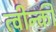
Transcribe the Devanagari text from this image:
त्वीन्की